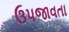
ઉપજાવતા